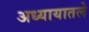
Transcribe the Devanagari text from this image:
अध्‍यायातले